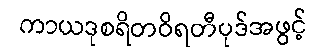
ကာယဒုစရိတဝိရတီပုဒ်အဖွင့်